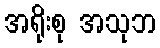
အရိုးစု အသုဘ